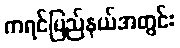
ကရင်ပြည်နယ်အတွင်း